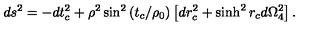
d s ^ { 2 } = - d t _ { c } ^ { 2 } + \rho ^ { 2 } \sin ^ { 2 } \left( t _ { c } / \rho _ { 0 } \right) \left[ d r _ { c } ^ { 2 } + \sinh ^ { 2 } r _ { c } d \Omega _ { 4 } ^ { 2 } \right] .